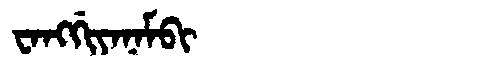
Manchu: ᠸᠠᠩᡤᡳᠶᠠᠨᠠᠮᠪᡳ
Romanization: WANGGIYANAMBI